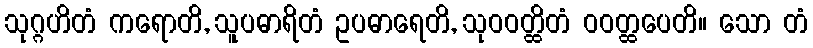
သုဂ္ဂဟိတံ ကရောတိ, သူပဓာရိတံ ဥပဓာရေတိ, သုဝဝတ္ထိတံ ဝဝတ္ထပေတိ။ သော တံ